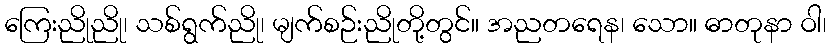
ကြေးညိုညို၊ သစ်ရွက်ညို၊ မျက်စဉ်းညိုတို့တွင်။ အညတရေန၊ သော။ ဓာတုနာ ဝါ၊